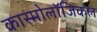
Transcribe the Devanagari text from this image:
कास्मोलॉजिकल